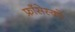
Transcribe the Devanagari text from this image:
फ्राँसेस्को